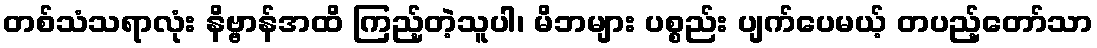
တစ်သံသရာလုံး နိဗ္ဗာန်အထိ ကြည့်တဲ့သူပါ၊ မိဘများ ပစ္စည်း ပျက်ပေမယ့် တပည့်တော်သာ